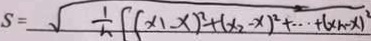
S = \sqrt { \frac { 1 } { n } [ ( x _ { 1 } - x ) ^ { 2 } + ( x _ { 2 } - x ) ^ { 2 } + \cdots + ( x _ { n } - x ) ^ { 2 } }